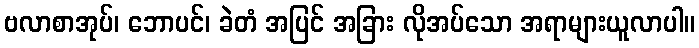
ဗလာစာအုပ်၊ ဘောပင်၊ ခဲတံ အပြင် အခြား လိုအပ်သော အရာများယူလာပါ။